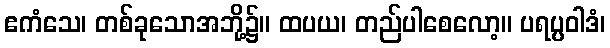
ဧကံသေ၊ တစ်ခုသောအဘို့၌။ ထပယ၊ တည်ပါစေလော့။ ပရပ္ပဝါဒံ၊